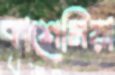
কাশেমিয়া